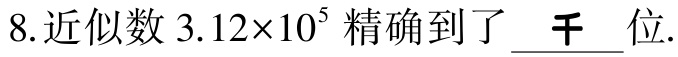
8.近似数 \(3.12\times10^{5}\) 精确到了  千  位.